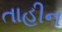
તાહીન